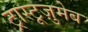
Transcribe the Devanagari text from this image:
ट्रास्टूज़ुमेब